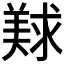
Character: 𰭛